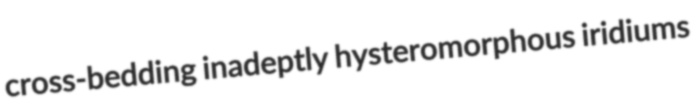
cross-bedding inadeptly hysteromorphous iridiums